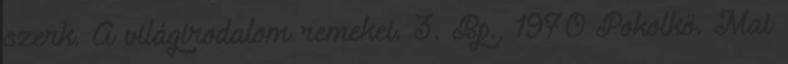
szerk. A világirodalom remekei. 3. Bp., 1970 Pokolkő. Mai